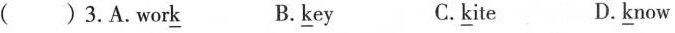
( )3.A.work B.key C.kite D.know